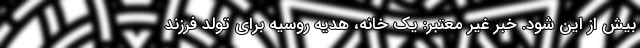
بیش از این شود. خبر غیر معتبر: یک خانه، هدیه روسیه برای تولد فرزند